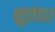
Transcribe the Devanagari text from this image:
कुंडोदर